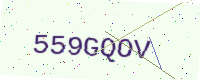
Text: 559GQOV